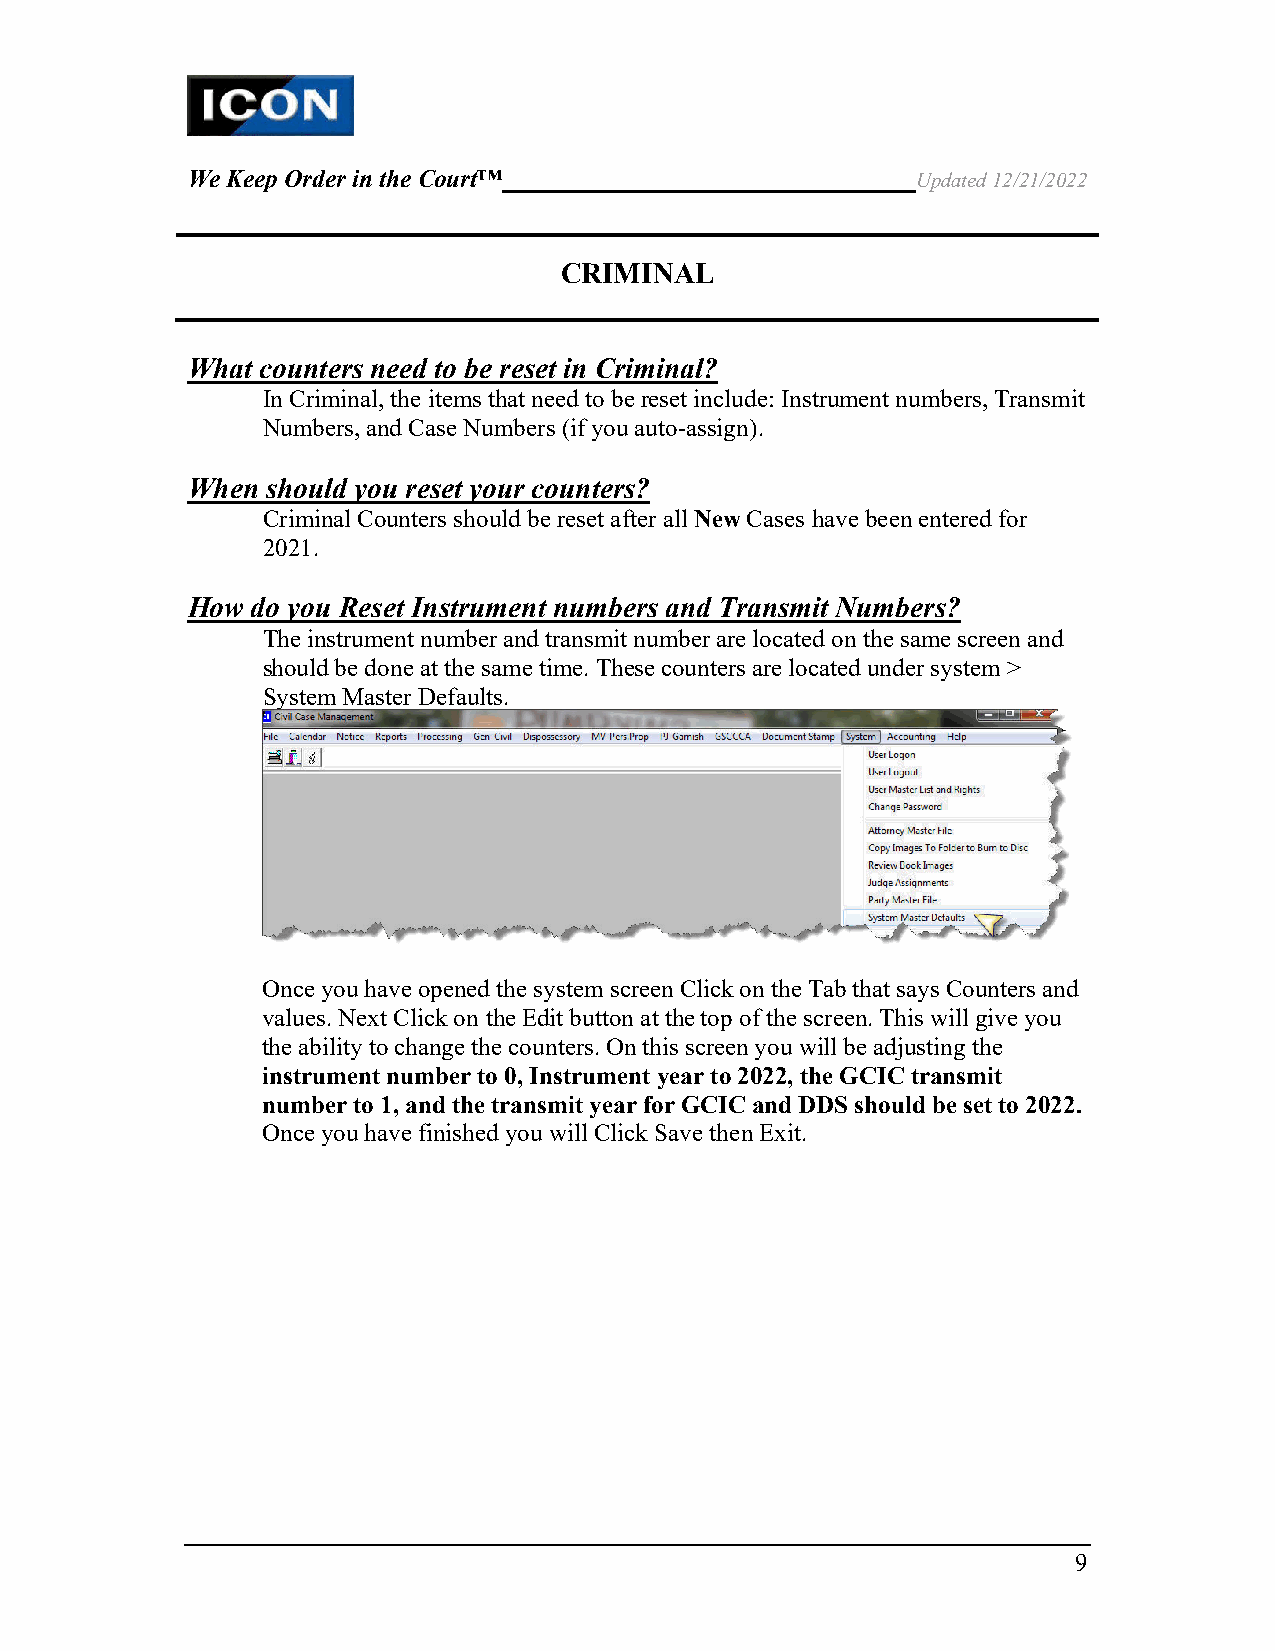
We Keep Order in the Court™                      Updated 12/21/2022
 CRIMINAL
 What counters need to be reset in Criminal?
 In Criminal, the items that need to be reset include: Instrument numbers, Transmit
 Numbers, and Case Numbers (if you auto-assign).
 When  should you reset your counters?
 Criminal Counters should be reset after all New Cases have been entered for
 2021.
 How  do you Reset Instrument numbers and Transmit Numbers?
 The instrument number and transmit number are located on the same screen and
 should be done at the same time. These counters are located under system >
 System Master Defaults.
 Once you have opened the system screen Click on the Tab that says Counters and
 values. Next Click on the Edit button at the top of the screen. This will give you
 the ability to change the counters. On this screen you will be adjusting the
 instrument number to 0, Instrument year to 2022, the GCIC transmit
 number to 1, and the transmit year for GCIC and DDS should be set to 2022.
 Once you have finished you will Click Save then Exit.
 9